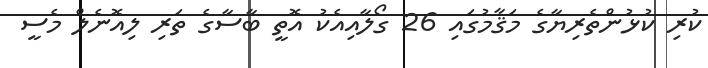
ކުރި ކުޅުންތެރިޔާގެ މަޤާމުގައި 26 ގޯލާއިއެކު އޮތީ ބާސާގެ ތަރި ލިއޮނެލް މެސީ